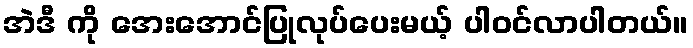
အဲဒီ ကို အေးအောင်ပြုလုပ်ပေးမယ့် ပါဝင်လာပါတယ်။